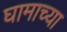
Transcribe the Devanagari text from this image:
घामाच्या